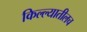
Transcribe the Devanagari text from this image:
किल्ल्यातीलच